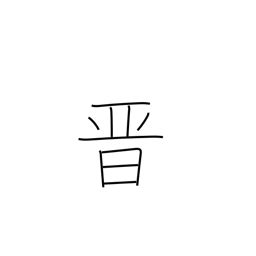
Meaning: advance